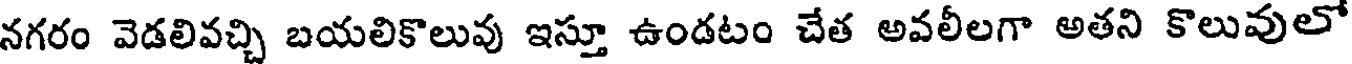
నగరం వెడలివచ్చి బయలికొలువు ఇస్తూ ఉండటం చేత అవలీలగా అతని కొలువులో